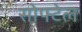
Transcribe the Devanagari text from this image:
सोफ्टेल